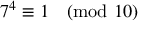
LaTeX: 7 ^ { 4 } \equiv 1 { \pmod { 1 0 } }